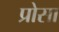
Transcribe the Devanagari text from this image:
प्रोसा